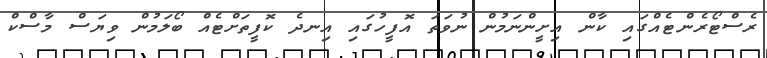
ރެސްޓޯރެންޓެއްގައި ކާން އިށީންނަމުން ނުވަތަ އޮފީހުގައި އިނދެ ކޮފީތަށްޓެއް ބޯލަމުން ވިޔަސް މާސްކް